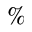
\%